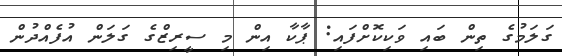
ގަލަމުގެ ތިން ބައި ވަކިކޮށްފައި: ޕާކާ އިން މި ސީރިޒްގެ ގަލަން އުފެއްދުން